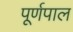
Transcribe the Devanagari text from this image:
पूर्णपाल